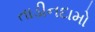
તાડીનદામો